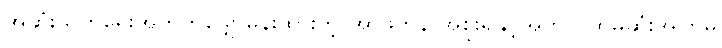
အဆုံးသတ်ရေးအတွက်မျှော်မှန်းထားတဲ့ အာဖကန် အစိုးရနှင့်အတူ ပထမဆုံးအကြိမ်